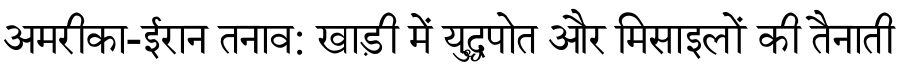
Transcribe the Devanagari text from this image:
अमरीका-ईरान तनाव: खाड़ी में युद्धपोत और मिसाइलों की तैनाती